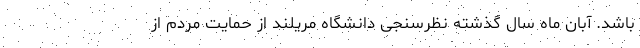
باشد. آبان ماه سال گذشته نظرسنجی دانشگاه مریلند از حمایت مردم از